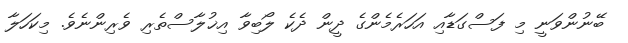
ބޭނުންވަނީ މި ފަސްގަޑާއި އަހަރެމެންގެ ދީން ދެކެ ލޯބިވާ އިޚުލާސްތެރި ވެރިންނެވެ. މިކަހަލާ